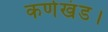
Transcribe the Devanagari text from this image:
कर्णखंड।